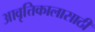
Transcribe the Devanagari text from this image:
आवृत्तिकालासाठी